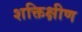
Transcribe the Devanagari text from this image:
शक्तिक्षीण